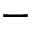
-